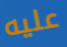
عليه